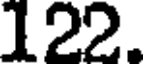
122.